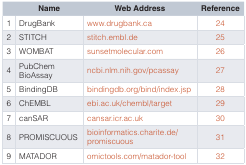
<table><thead><tr><td></td><td><b>Name</b></td><td><b>Web Address</b></td><td><b>Reference</b></td></tr></thead><tbody><tr><td>1</td><td>DrugBank</td><td>www.drugbank.ca</td><td>24</td></tr><tr><td>2</td><td>STITCH</td><td>stitch.embl.de</td><td>25</td></tr><tr><td>3</td><td>WOMBAT</td><td>sunsetmolecular.com</td><td>26</td></tr><tr><td>4</td><td>PubChemBioAssay</td><td>ncbi.nlm.nih.gov/pcassay</td><td>27</td></tr><tr><td>5</td><td>BindingDB</td><td>bindingdb.org/bind/index.jsp</td><td>28</td></tr><tr><td>6</td><td>ChEMBL</td><td>ebi.ac.uk/chembl/target</td><td>29</td></tr><tr><td>7</td><td>canSAR</td><td>cansar.icr.ac.uk</td><td>30</td></tr><tr><td>8</td><td>PROMISCUOUS</td><td>bioinformatics.charite.de/promiscuous</td><td>31</td></tr><tr><td>9</td><td>MATADOR</td><td>omictools.com/matador-tool</td><td>32</td></tr></tbody></table>